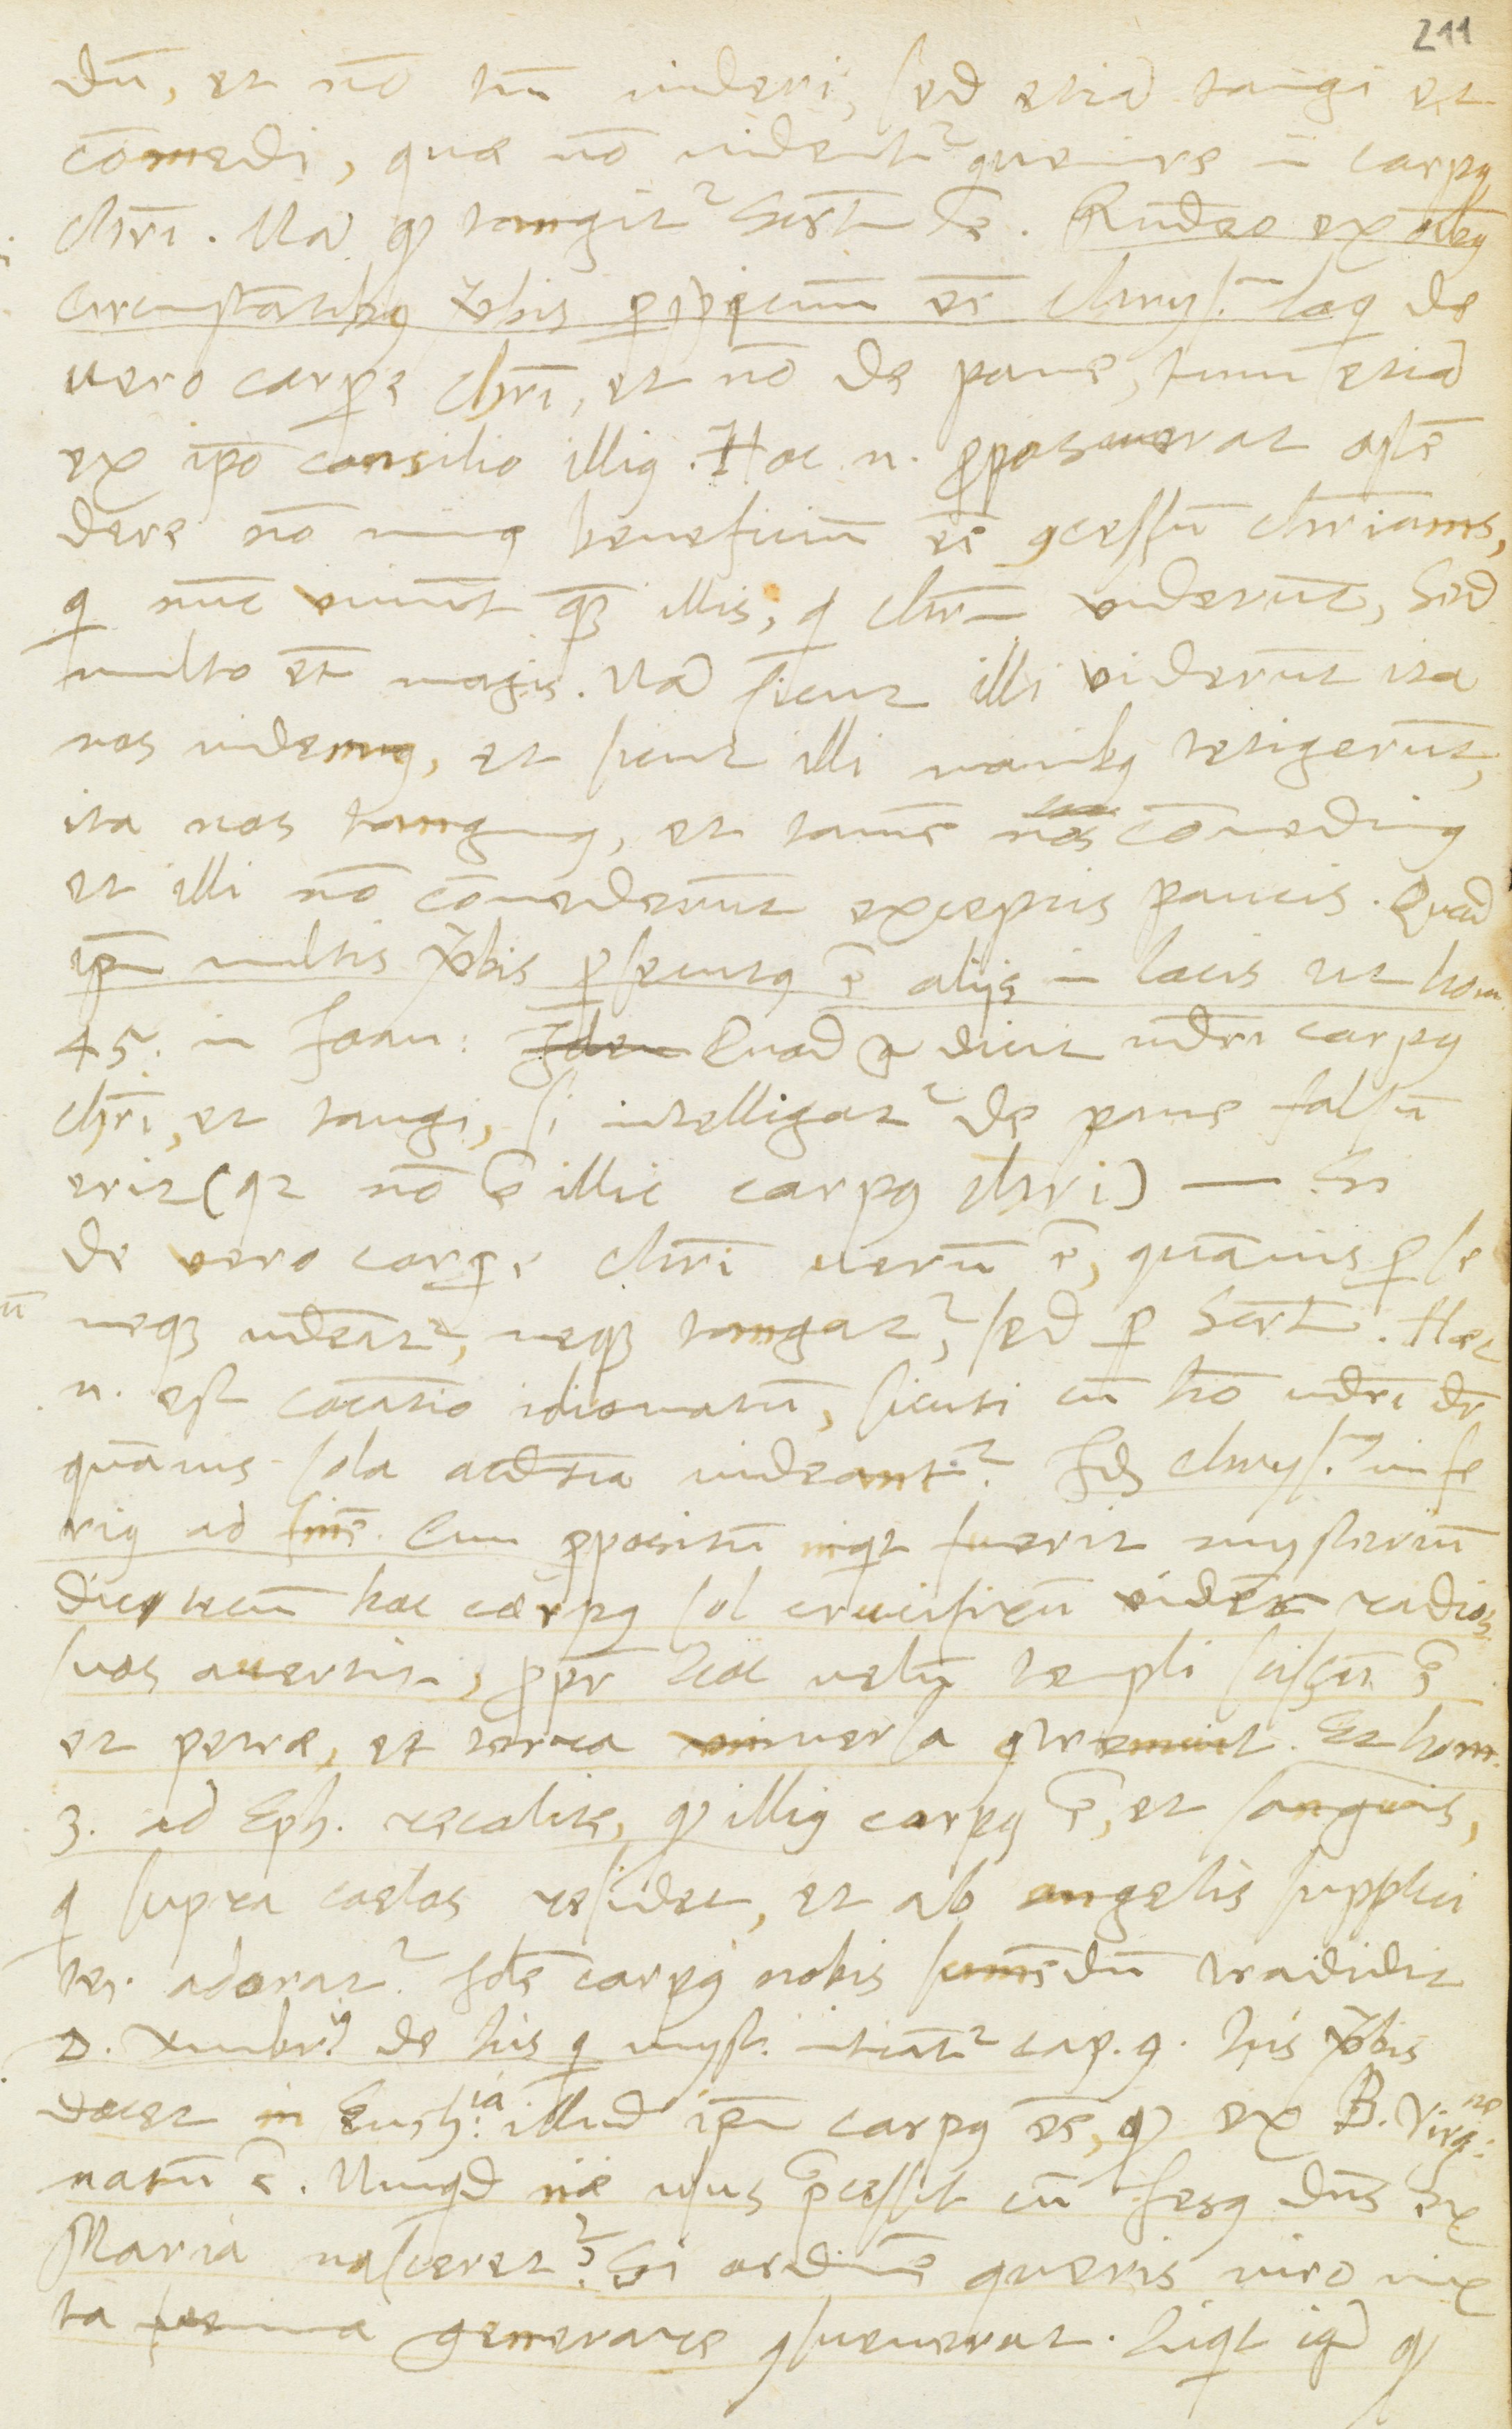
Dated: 1568–1568